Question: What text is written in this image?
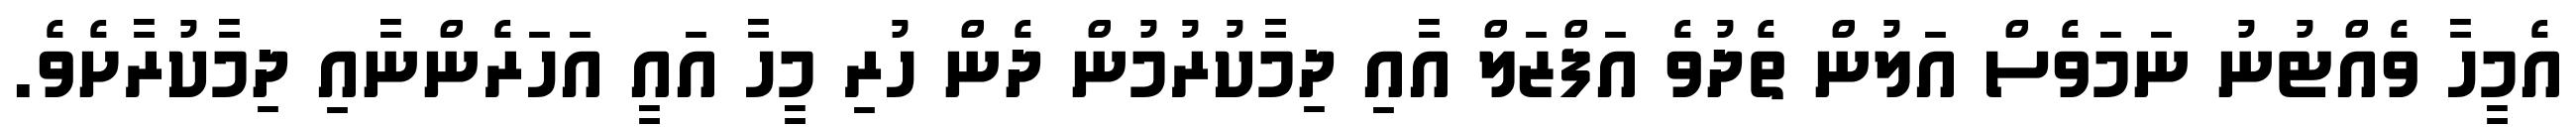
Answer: އެމީހާ ވެއްޓުނު ނަމަވެސް އަލުން ތެދުވެ އަފްޒަލް އާއި ދިމާކުރުމުން ދެން ހުރި މީހާ އައީ އަހަރެންނާއި ދިމާކުރާށެވެ.